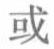
或